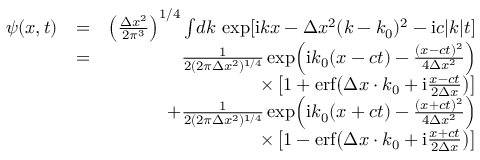
\begin{array} { r l r } { \psi ( x , t ) } & { = } & { \left( \frac { \Delta x ^ { 2 } } { 2 \pi ^ { 3 } } \right) ^ { 1 / 4 } \int \! d k \, \exp [ \mathrm { i } k x - \Delta x ^ { 2 } ( k - k _ { 0 } ) ^ { 2 } - \mathrm { i } c | k | t ] } \\ & { = } & { \frac { 1 } { 2 ( 2 \pi \Delta x ^ { 2 } ) ^ { 1 / 4 } } \exp \! \left( \mathrm { i } k _ { 0 } ( x - c t ) - \frac { ( x - c t ) ^ { 2 } } { 4 \Delta x ^ { 2 } } \right) } \\ & { } & { \times \left[ 1 + \mathrm { e r f } \! \left( \Delta x \cdot k _ { 0 } + \mathrm { i } \frac { x - c t } { 2 \Delta x } \right) \right] } \\ & { } & { + \frac { 1 } { 2 ( 2 \pi \Delta x ^ { 2 } ) ^ { 1 / 4 } } \exp \! \left( \mathrm { i } k _ { 0 } ( x + c t ) - \frac { ( x + c t ) ^ { 2 } } { 4 \Delta x ^ { 2 } } \right) } \\ & { } & { \times \left[ 1 - \mathrm { e r f } \! \left( \Delta x \cdot k _ { 0 } + \mathrm { i } \frac { x + c t } { 2 \Delta x } \right) \right] } \end{array}